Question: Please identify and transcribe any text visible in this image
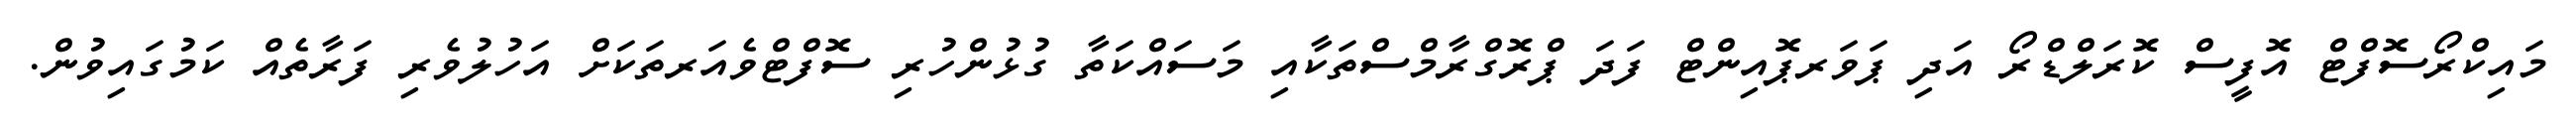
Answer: މައިކްރޯސޮފްޓް އޮފީސް ކޮރަލްޑްރޯ އަދި ޕަވަރޕޮއިންޓް ފަދަ ޕްރޮގްރާމްސްތަކާއި މަސައްކަތާ ގުޅުންހުރި ސޮފްޓްވެއަރތަކަށް އަހުލުވެރި ފަރާތެއް ކަމުގައިވުން.